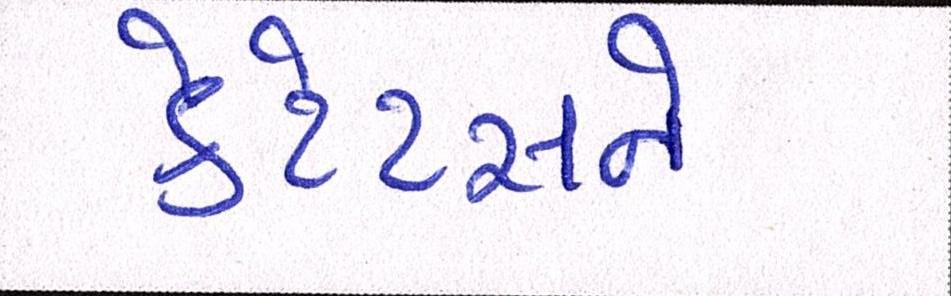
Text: કેટેટસને